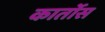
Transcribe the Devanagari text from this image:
कार्तोस